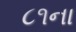
૮૧ના